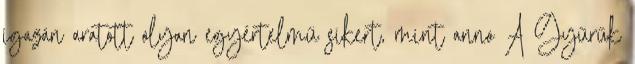
igazán aratott olyan egyértelmű sikert, mint anno A Gyűrűk